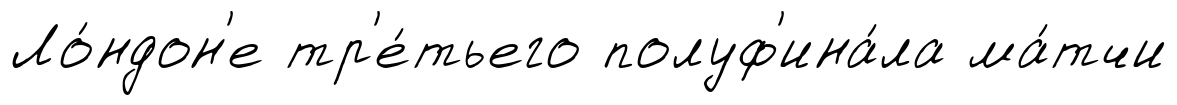
Ло́ндон'е тр'е́тьего полуф'ина́ла ма́тчи